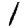
Digit: 1